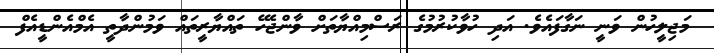
މަޖިލީހުން ވަނީ ނަގާފައެވެ. އަދި ހުވާކުރުމުގެ ރަސްމިއްޔާތަށް ވާންޖެހޭ ތައްޔާރީތައް ވަމުންދާތީ އެމްއެންޑީއެފް